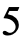
5